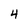
Character: 4